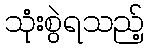
သုံးစွဲရသည့်